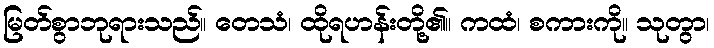
မြတ်စွာဘုရားသည်။ တေသံ၊ ထိုရဟန်းတို့၏။ ကထံ၊ စကားကို။ သုတွာ၊